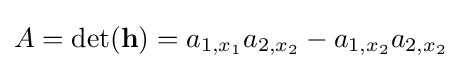
A=\det(\mathbf {h} )=a_{1,x_{1}}a_{2,x_{2}}-a_{1,x_{2}}a_{2,x_{2}}